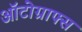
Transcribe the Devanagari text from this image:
ऑटोग्राफ्स